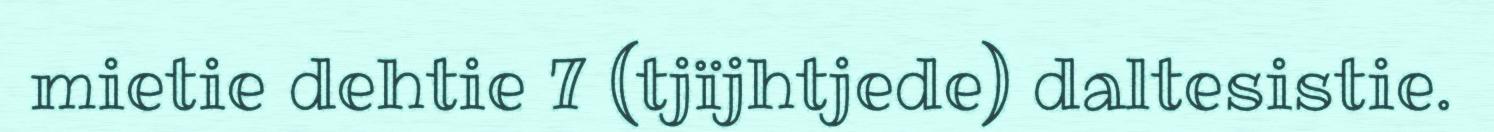
mietie dehtie 7 (tjïjhtjede) daltesistie.